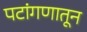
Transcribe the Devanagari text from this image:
पटांगणातून